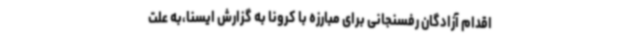
اقدام آزادگان رفسنجانی برای مبارزه با کرونا به گزارش ایسنا،به علت